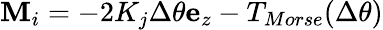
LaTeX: \begin{array}{r}{\mathbf{M}_{i}=-2K_{j}\Delta\theta\mathbf{e}_{z}-T_{Morse}(\Delta{\theta})}\end{array}